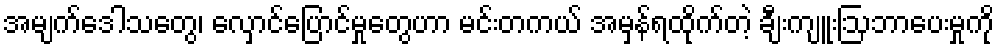
အမျက်ဒေါသတွေ၊ လှောင်ပြောင်မှုတွေဟာ မင်းတကယ် အမှန်ရထိုက်တဲ့ ချီးကျူးဩဘာပေးမှုကို